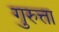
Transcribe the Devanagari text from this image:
गुरुत्ता